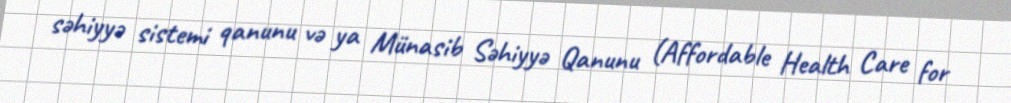
səhiyyə sistemi qanunu və ya Münasib Səhiyyə Qanunu (Affordable Health Care for